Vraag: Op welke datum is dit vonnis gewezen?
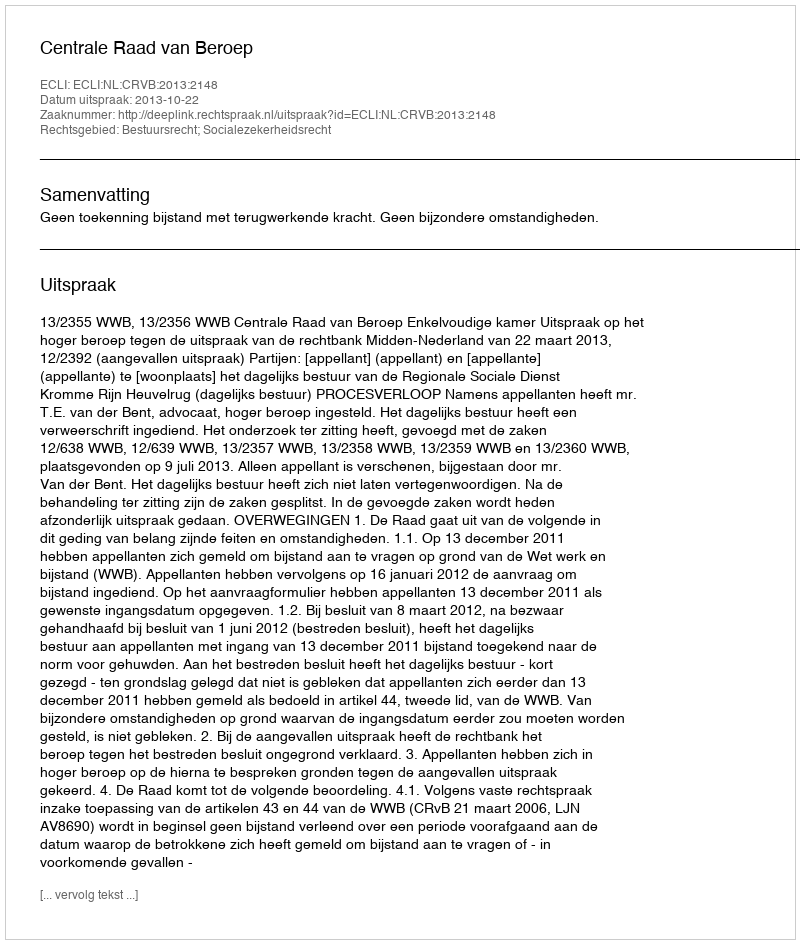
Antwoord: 2013-10-22